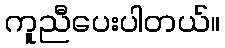
ကူညီပေးပါတယ်။